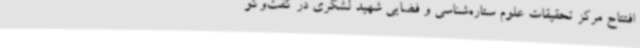
افتتاح مرکز تحقیقات علوم ستاره‌شناسی و فضایی شهید لشگری در گفت‌وگو